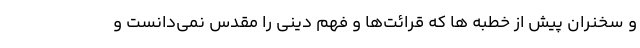
و سخنران پیش از خطبه ها که قرائت‌ها و فهم دینی را مقدس نمی‌دانست و